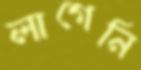
লাগেনি